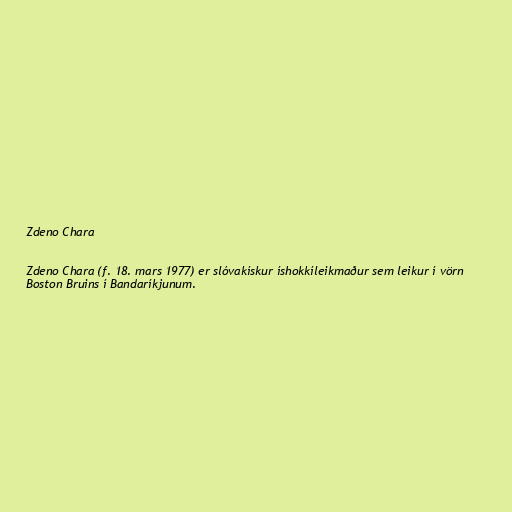
Zdeno Chara

Zdeno Chara (f. 18. mars 1977) er slóvakískur íshokkíleikmaður sem leikur í vörn
Boston Bruins í Bandaríkjunum.